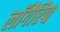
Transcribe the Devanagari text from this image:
लॉगैरिद्म